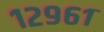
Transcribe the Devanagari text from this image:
१२९६१